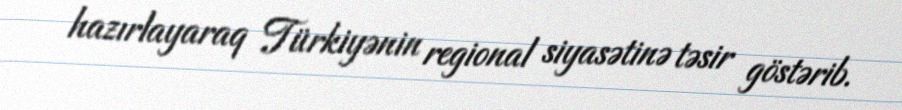
hazırlayaraq Türkiyənin regional siyasətinə təsir göstərib.